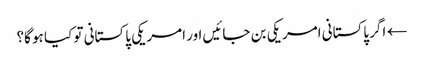
← اگر پاکستانی امریکی بن جائیں اور امریکی پاکستانی تو کیا ہو گا؟